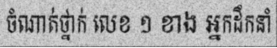
ចំណាត់ថ្នាក់ លេខ ១ ខាង អ្នកដឹកនាំ